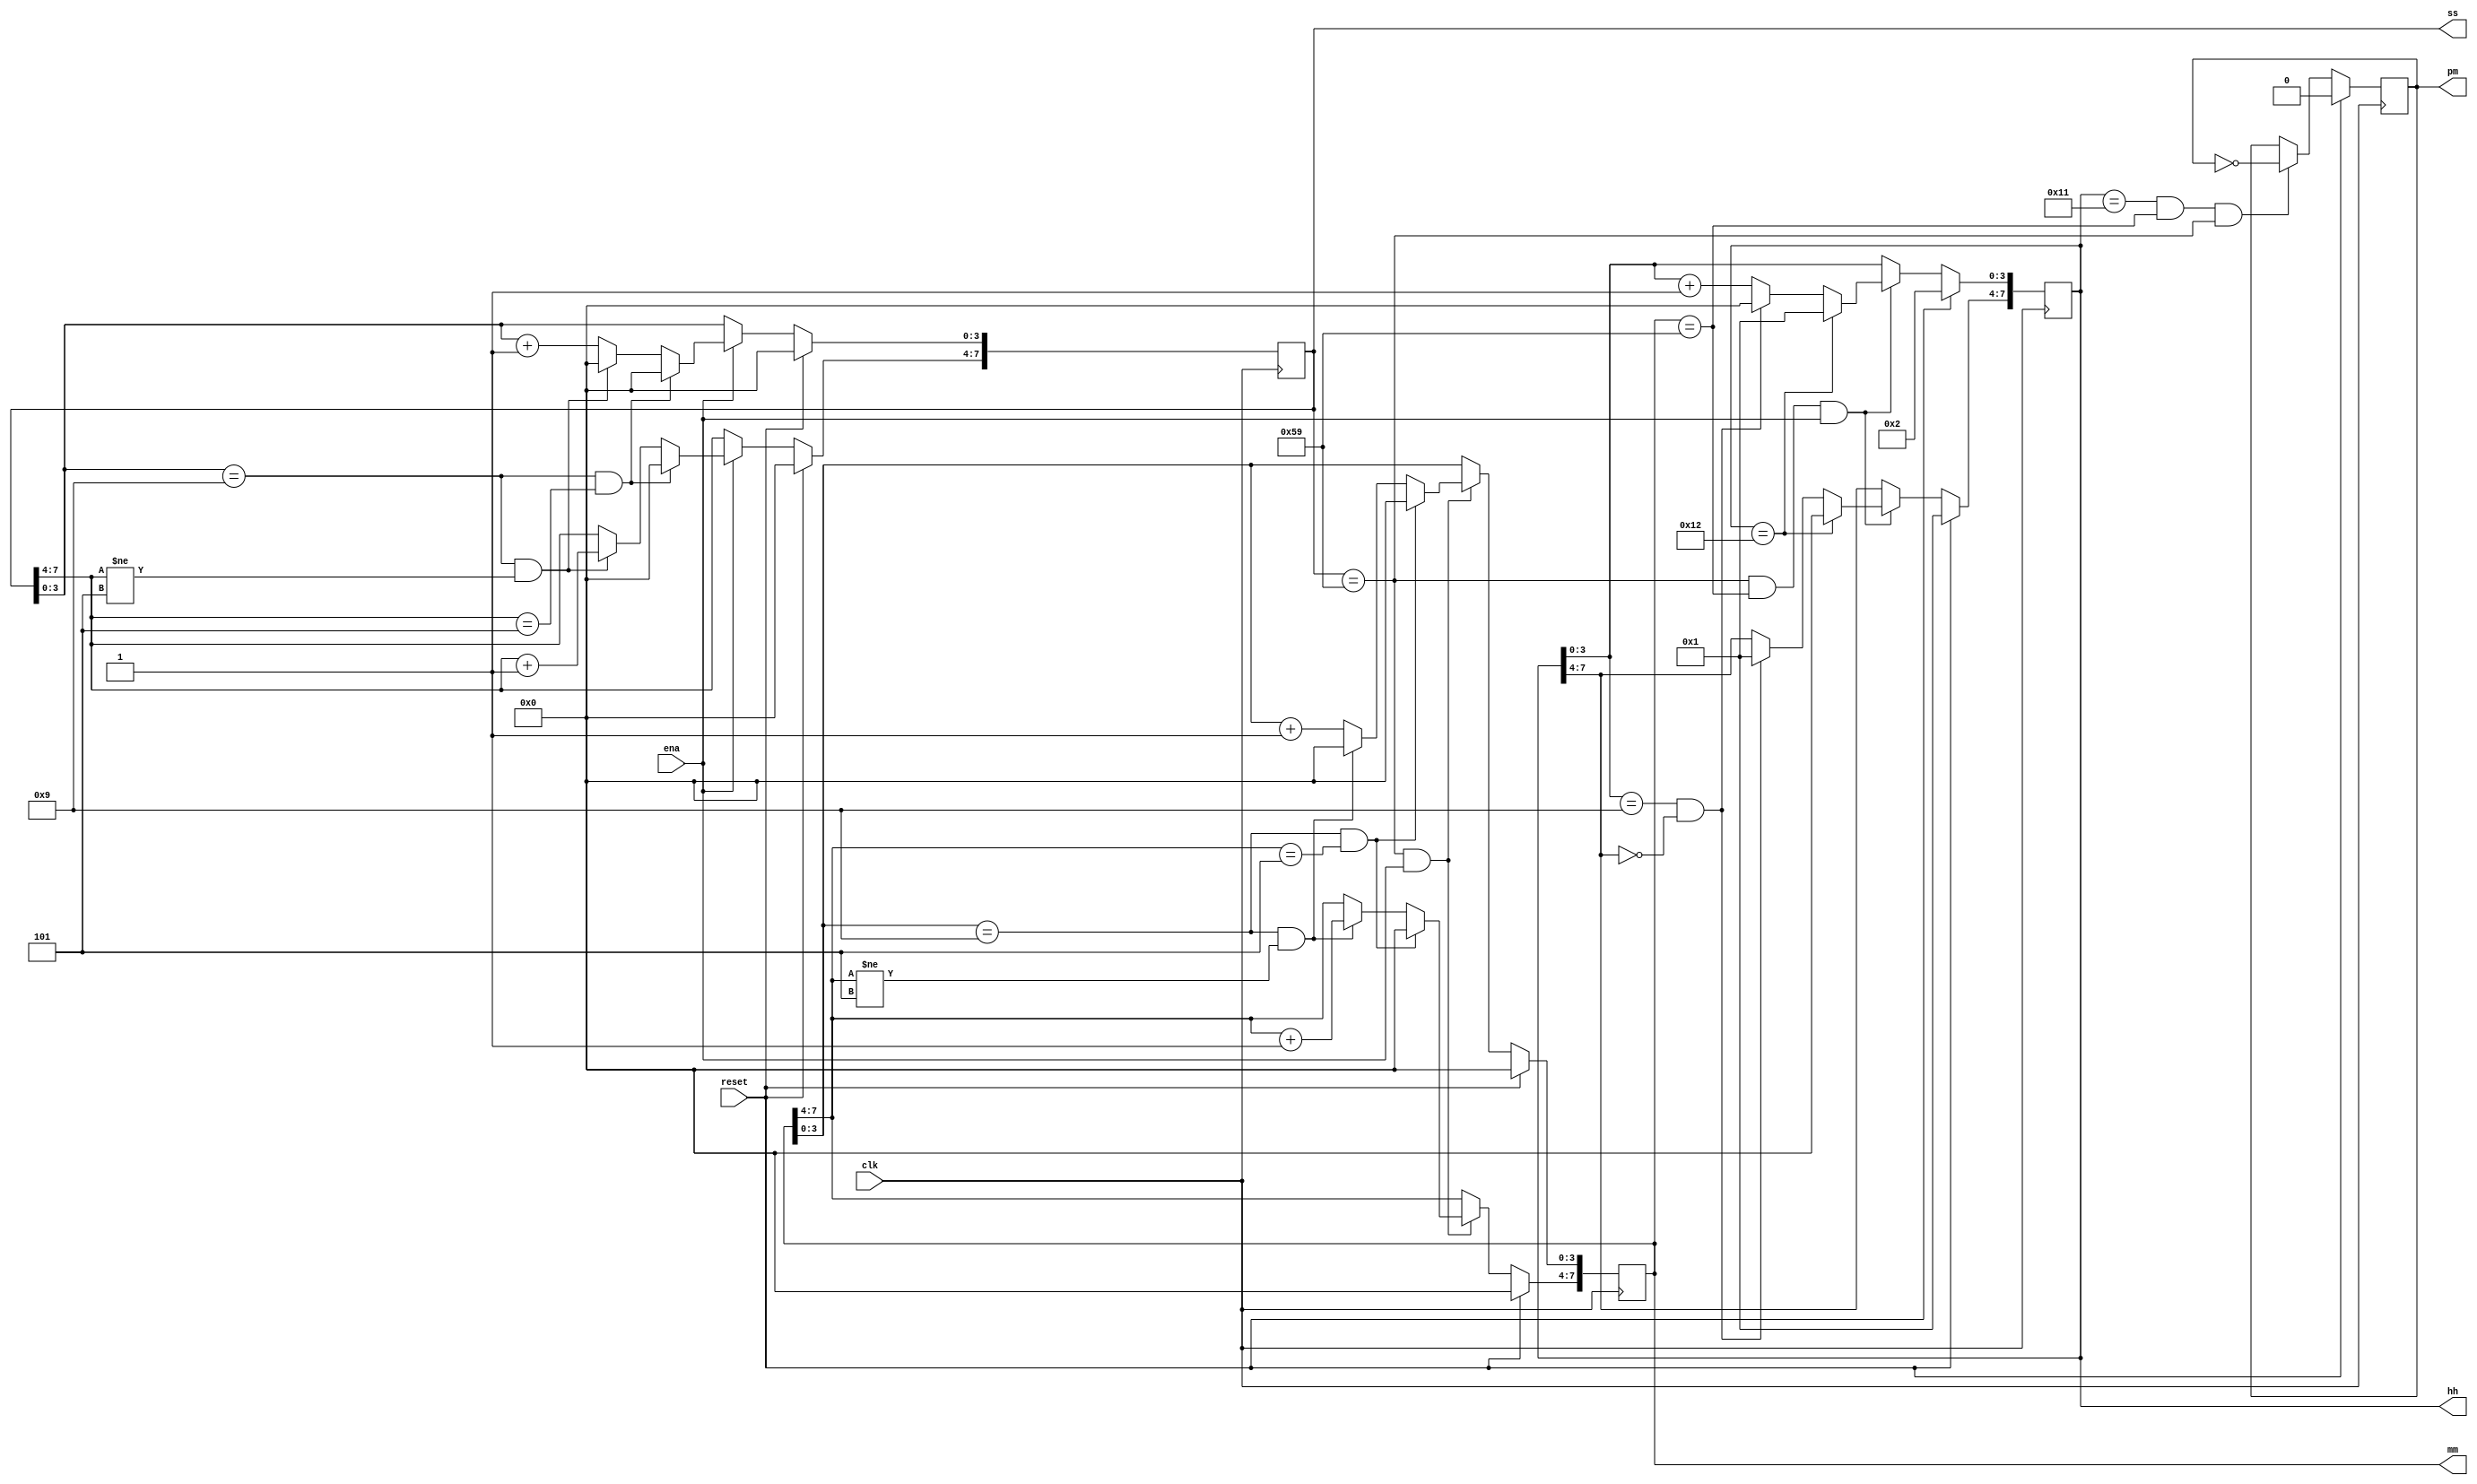
module top_module(
    input clk,
    input reset,
    input ena,
    output pm,
    output [7:0] hh,
    output [7:0] mm,
    output [7:0] ss); 
    wire enam, enah;
    assign enam = (ss == 8'h59 && ena);
    assign enah = (ss == 8'h59 && mm == 8'h59 && ena);
    always @ (posedge clk) begin
        if (reset)
            ss <= 8'b0;
        else if (ena) begin
            if (ss[3:0] == 4'd9 && ss[7:4] == 4'd5)
                ss[7:0] <= 8'b0;
            else if (ss[3:0] == 4'd9 && ss[7:4] != 4'd5) begin
                ss[7:4] <= ss[7:4]+4'b1;
                ss[3:0] <= 4'b0;
            end
            else begin
                ss[7:4] <= ss[7:4];
                ss[3:0] <= ss[3:0]+4'b1;
            end
        end
    end
    
    always @ (posedge clk) begin
        if (reset)
            mm <= 8'b0;
        else if (enam) begin
            if (mm[3:0] == 4'd9 && mm[7:4] == 4'd5)
                mm <= 0;
            else if (mm[3:0] == 4'd9 && mm[7:4] != 4'd5) begin
                mm[7:4] <= mm[7:4]+1;
                mm[3:0] <= 0;
            end
            else begin
                mm[7:4] <= mm[7:4];
                mm[3:0] <= mm[3:0]+1;
            end
        end
    end
    
    always @ (posedge clk) begin
        if (reset)
            hh <= 8'b0001_0010;
        else if (enah) begin
            if (hh == 8'b0001_0010)
                hh <= 8'b0000_0001;
            else if (hh[3:0] == 4'd9 && hh[7:4] == 4'd0)
                hh <= 8'b0001_0000;
            else begin
                hh[3:0] <= hh[3:0]+1;
                hh[7:4] <= hh[7:4];
            end
        end
    end
    always @ (posedge clk)
        begin if (reset)
            pm <= 0;
            else if (hh == 8'h11 && mm == 8'h59 && ss == 8'h59)
                pm <= ~pm;
        end

endmodule